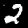
Digit: 2